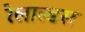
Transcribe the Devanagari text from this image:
रेलाल्डस